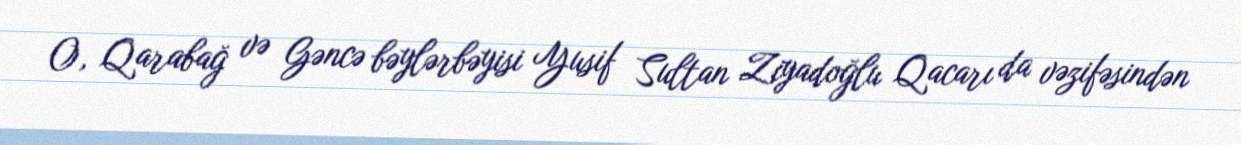
O, Qarabağ və Gəncə bəylərbəyisi Yusif Sultan Ziyadoğlu Qacarı da vəzifəsindən